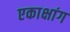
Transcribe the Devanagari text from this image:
एकाक्षांग